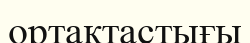
ортақтастығы